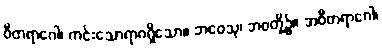
ဝီတရာဂေါ၊ ကင်းသောရာဂရှိသော။ ဘဝေသု၊ ဘဝတို့၌။ အဝီတရာဂေါ၊